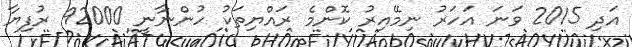
އަދި 2015 ވަނަ އަހަރު ނިމޭއިރު ކޮންމެ ރައްޔިތަކު ހުންނާނީ 92000 ރުފިޔާ